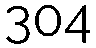
304